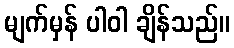
မျက်မှန် ပါဝါ ချိန်သည်။